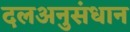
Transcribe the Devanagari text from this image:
दलअनुसंधान